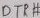
Text: DTR#